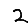
Digit: 2